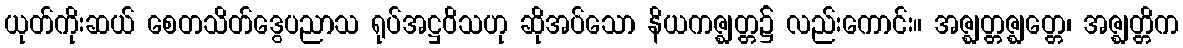
ယုတ်ကိုးဆယ် စေတသိတ်ဒွေပညာသ ရုပ်အဋ္ဌဝိသဟု ဆိုအပ်သော နိယကဇ္ဈတ္တ၌ လည်းကောင်း။ အဇ္ဈတ္တဇ္ဈတ္တေ၊ အဇ္ဈတ္တိက